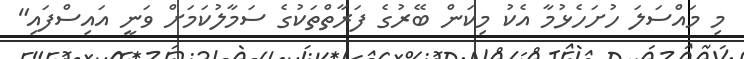
މި މައްސަލަ ހުށަހެޅުމާ އެކު މިކަން ބޭރުގެ ފަރާތްތަކުގެ ސަމާލުކަމަށް ވަނީ އައިސްފައި"